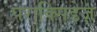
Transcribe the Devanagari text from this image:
पराक्सिडेज़